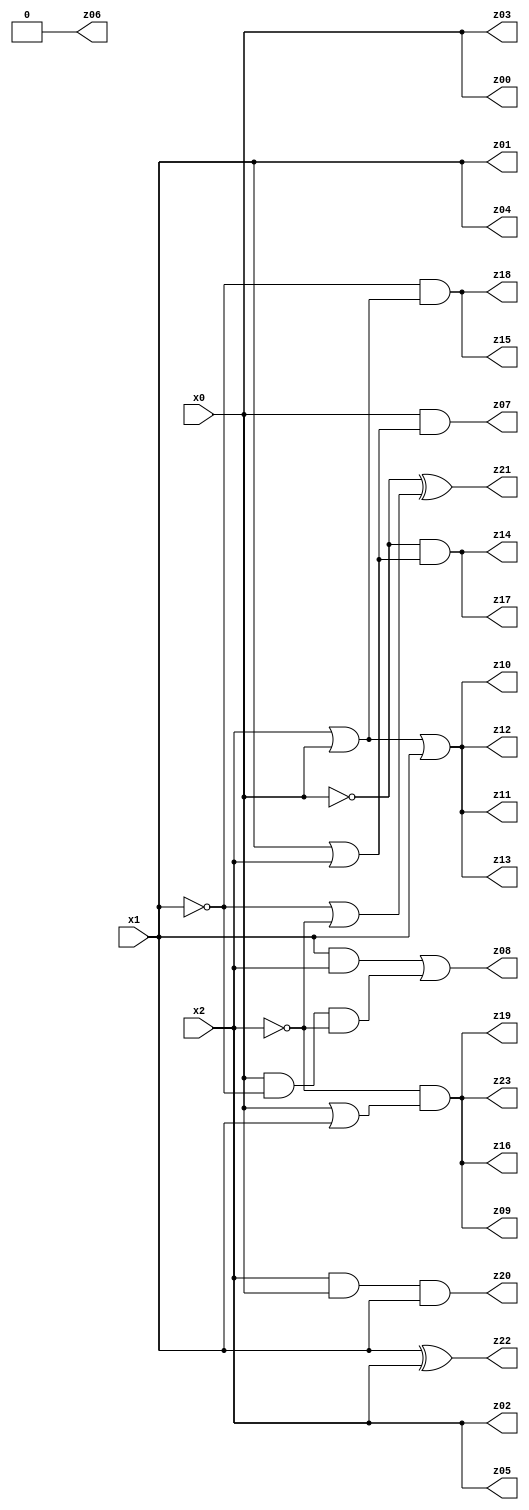
// Benchmark "q_3" written by ABC on Mon Feb 27 05:19:11 2023

module q_3 ( 
    x0, x1, x2,
    z00, z01, z02, z03, z04, z05, z06, z07, z08, z09, z10, z11, z12, z13,
    z14, z15, z16, z17, z18, z19, z20, z21, z22, z23  );
  input  x0, x1, x2;
  output z00, z01, z02, z03, z04, z05, z06, z07, z08, z09, z10, z11, z12, z13,
    z14, z15, z16, z17, z18, z19, z20, z21, z22, z23;
  assign z06 = 1'b0;
  assign z07 = x0 & (x1 | x2);
  assign z08 = (x1 & x2) | (x0 & ~x1 & ~x2);
  assign z09 = ~x2 & (x0 | x1);
  assign z10 = x2 | x0 | x1;
  assign z14 = ~x0 & (x1 | x2);
  assign z15 = ~x1 & (x0 | x2);
  assign z20 = x2 & x0 & x1;
  assign z21 = ~x0 ^ (~x1 | ~x2);
  assign z22 = x1 ^ x2;
  assign z00 = x0;
  assign z01 = x1;
  assign z02 = x2;
  assign z03 = x0;
  assign z04 = x1;
  assign z05 = x2;
  assign z11 = x2 | x0 | x1;
  assign z12 = x2 | x0 | x1;
  assign z13 = x2 | x0 | x1;
  assign z16 = ~x2 & (x0 | x1);
  assign z17 = ~x0 & (x1 | x2);
  assign z18 = ~x1 & (x0 | x2);
  assign z19 = ~x2 & (x0 | x1);
  assign z23 = ~x2 & (x0 | x1);
endmodule